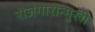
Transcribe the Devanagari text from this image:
रोजगारोन्मुखी